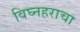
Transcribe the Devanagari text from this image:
विघ्नहराचा